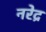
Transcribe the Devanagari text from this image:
नरेद्र